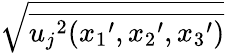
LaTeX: \sqrt{\overline{{{u_{j}}^{2}({x_{1}}^{\prime},{x_{2}}^{\prime},{x_{3}}^{\prime})}}}